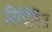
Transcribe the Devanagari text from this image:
निर्दिषित